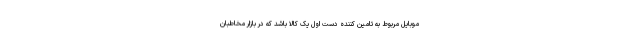
موبایل مربوط به تامین کننده دست اول یک کالا باشد که در بازار مخاطبان